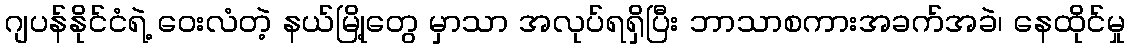
ဂျပန်နိုင်ငံရဲ့ ဝေးလံတဲ့ နယ်မြို့တွေ မှာသာ အလုပ်ရရှိပြီး ဘာသာစကားအခက်အခဲ၊ နေထိုင်မှု